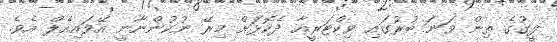
ލީގުގެ ތިން ވަނަ ބުރުގައި ވިކްޓަރީއާ ދެކޮޅަށް މިރޭ ނުކުންނާނީ އޭވައިއެލް އެވެ.